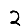
Digit: 2